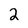
Character: 2